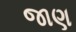
જાણ